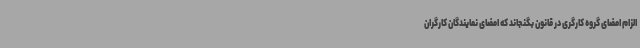
الزام امضای گروه کارگری در قانون بگنجاند که امضای نمایندگان کارگران